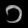
Digit: ၁